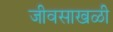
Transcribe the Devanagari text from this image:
जीवसाखळी